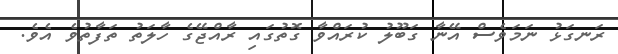
ރަނގަޅު ނަމަވެސް އޭނާ ގަބޫލު ކުރައްވާ ގޮތުގައި ރާއްޖޭގެ ހާލަތު ތަފާތުވެ އެވެ.